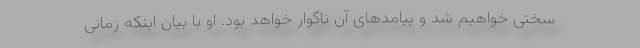
سختی خواهیم شد و پیامدهای آن ناگوار خواهد بود. او با بیان اینکه زمانی